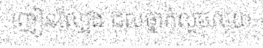
ញៀនល្បែង ដល់ថ្នាក់លួចលុយ